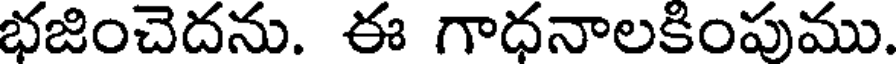
భజించెదను. ఈ గాధనాలకింపుము.